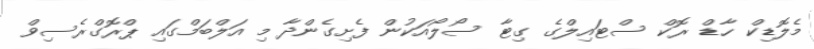
މެލޮޑިކް ހާޑް ރޮކް ސްޓައިލްގެ ގިޓާ ސޯލޯއަކުން ފެށިގެންދާ މި އަލްބަމްގައި ޕްރޮގްރެސިވް